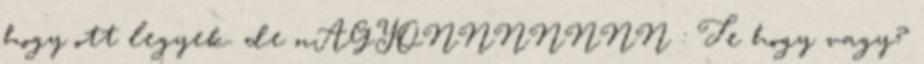
hogy ott legyek. de nAGYONNNNNNN : Te hogy vagy?